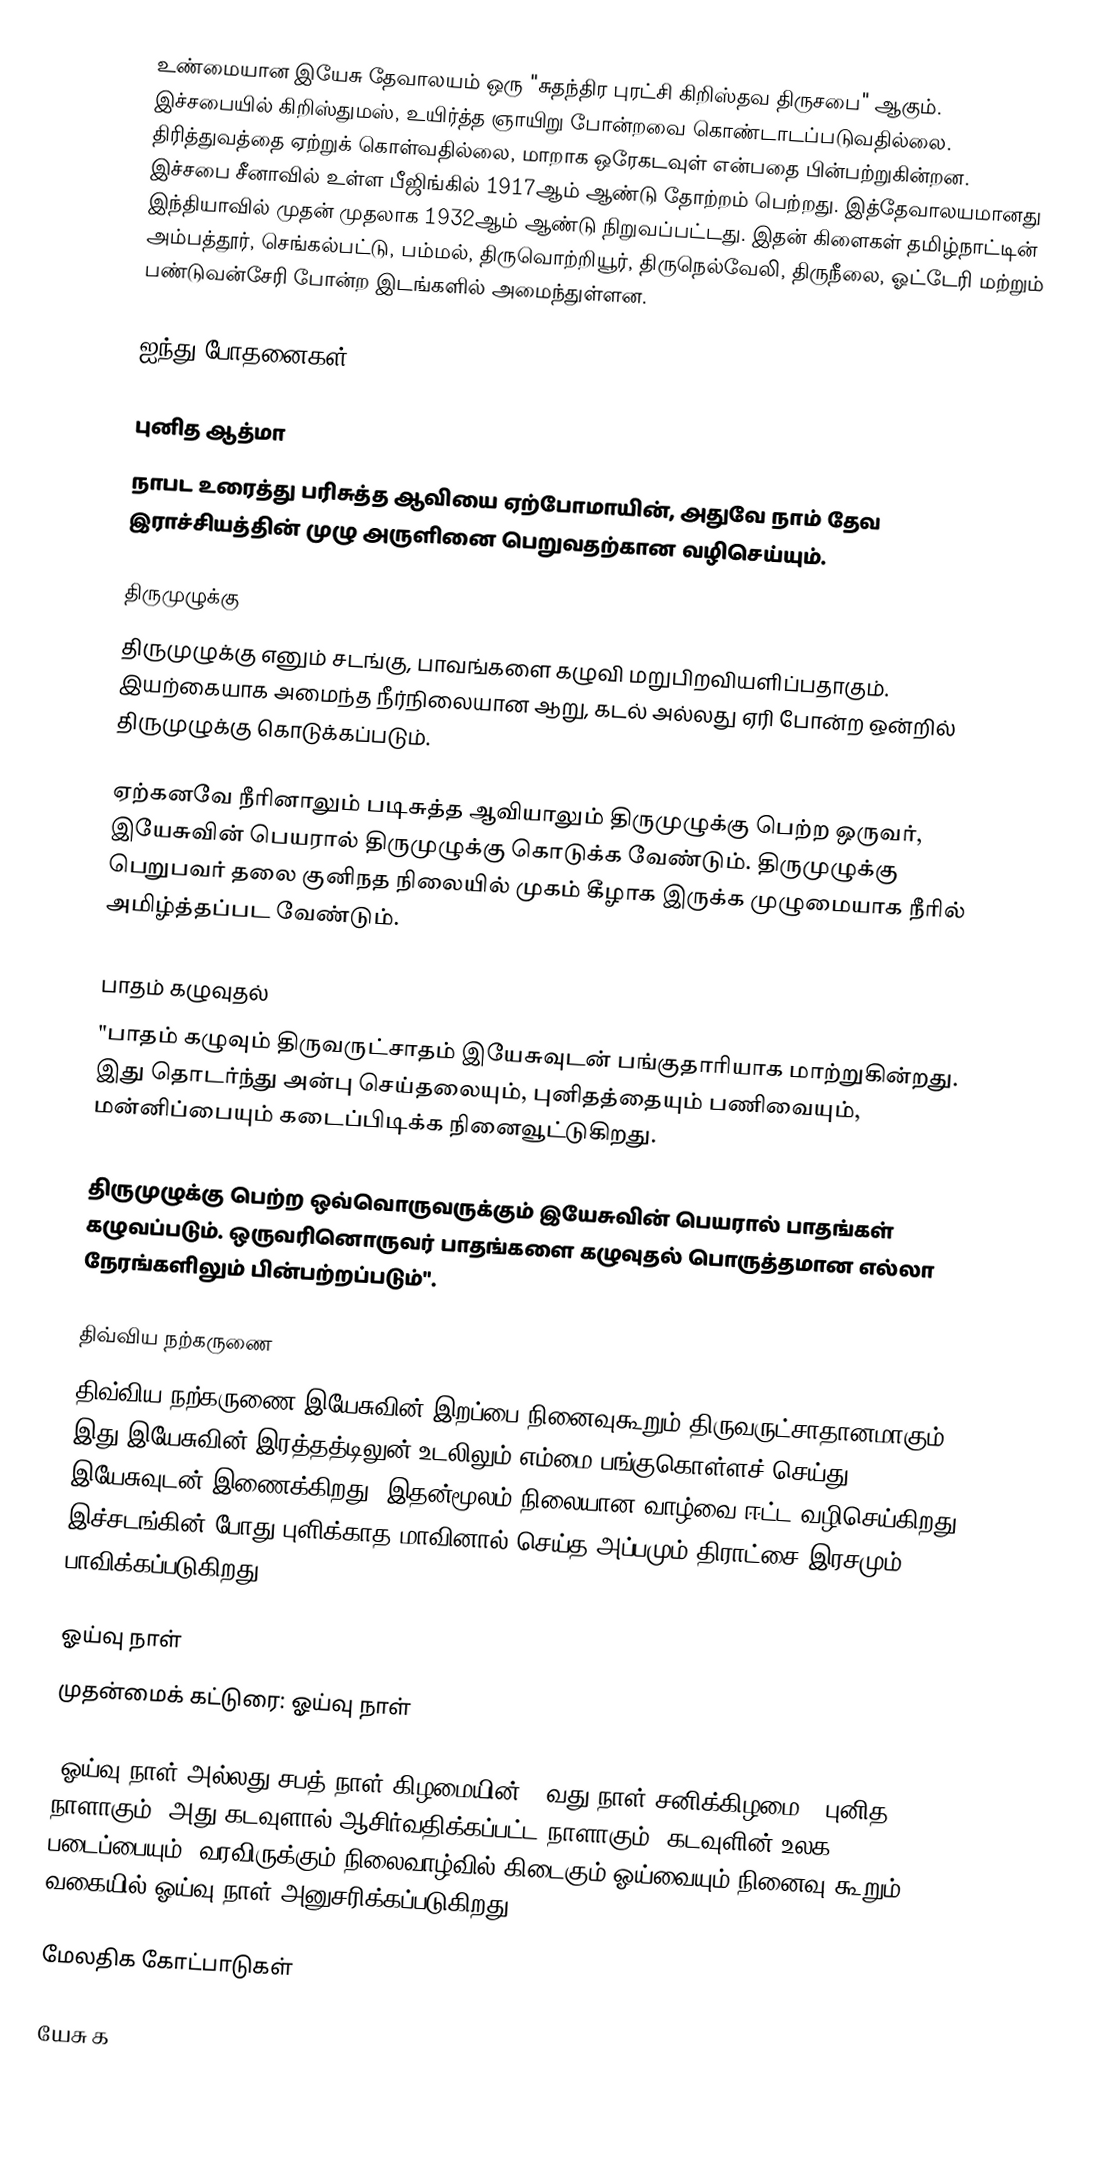
உண்மையான இயேசு தேவாலயம் ஒரு "சுதந்திர புரட்சி கிறிஸ்தவ திருசபை" ஆகும். இச்சபையில் கிறிஸ்துமஸ், உயிர்த்த ஞாயிறு போன்றவை கொண்டாடப்படுவதில்லை. திரித்துவத்தை ஏற்றுக் கொள்வதில்லை, மாறாக ஒரேகடவுள் என்பதை பின்பற்றுகின்றன. இச்சபை சீனாவில் உள்ள பீஜிங்கில் 1917ஆம் ஆண்டு தோற்றம் பெற்றது. இத்தேவாலயமானது இந்தியாவில் முதன் முதலாக 1932ஆம் ஆண்டு நிறுவப்பட்டது. இதன் கிளைகள் தமிழ்நாட்டின் அம்பத்தூர், செங்கல்பட்டு, பம்மல், திருவொற்றியூர், திருநெல்வேலி, திருநீலை, ஓட்டேரி மற்றும் பண்டுவன்சேரி போன்ற இடங்களில் அமைந்துள்ளன.

ஐந்து போதனைகள்

புனித ஆத்மா
நாபட உரைத்து பரிசுத்த ஆவியை ஏற்போமாயின், அதுவே நாம் தேவ இராச்சியத்தின் முழு அருளினை பெறுவதற்கான வழிசெய்யும்.

திருமுழுக்கு
திருமுழுக்கு எனும் சடங்கு, பாவங்களை கழுவி மறுபிறவியளிப்பதாகும். இயற்கையாக அமைந்த நீர்நிலையான ஆறு, கடல் அல்லது ஏரி போன்ற ஒன்றில் திருமுழுக்கு கொடுக்கப்படும்.

ஏற்கனவே நீரினாலும் படிசுத்த ஆவியாலும் திருமுழுக்கு பெற்ற ஒருவர், இயேசுவின் பெயரால் திருமுழுக்கு கொடுக்க வேண்டும். திருமுழுக்கு பெறுபவர் தலை குனிநத நிலையில் முகம் கீழாக இருக்க முழுமையாக நீரில் அமிழ்த்தப்பட வேண்டும்.

பாதம் கழுவுதல்
"பாதம் கழுவும் திருவருட்சாதம் இயேசுவுடன் பங்குதாரியாக மாற்றுகின்றது. இது தொடர்ந்து அன்பு செய்தலையும், புனிதத்தையும் பணிவையும், மன்னிப்பையும் கடைப்பிடிக்க நினைவூட்டுகிறது.

திருமுழுக்கு பெற்ற ஒவ்வொருவருக்கும் இயேசுவின் பெயரால் பாதங்கள் கழுவப்படும். ஒருவரினொருவர் பாதங்களை கழுவுதல் பொருத்தமான எல்லா நேரங்களிலும் பின்பற்றப்படும்".

திவ்விய நற்கருணை
திவ்விய நற்கருணை இயேசுவின் இறப்பை நினைவுகூறும் திருவருட்சாதானமாகும். இது இயேசுவின் இரத்தத்டிலுன் உடலிலும் எம்மை பங்குகொள்ளச் செய்து இயேசுவுடன் இணைக்கிறது. இதன்மூலம் நிலையான வாழ்வை ஈட்ட வழிசெய்கிறது. இச்சடங்கின் போது புளிக்காத மாவினால் செய்த அப்பமும் திராட்சை இரசமும் பாவிக்கப்படுகிறது.

ஓய்வு நாள்
முதன்மைக் கட்டுரை: ஓய்வு நாள்

"ஓய்வு நாள் அல்லது சபத் நாள்,கிழமையின் 7 வது நாள்(சனிக்கிழமை), புனித நாளாகும். அது கடவுளால் ஆசிர்வதிக்கப்பட்ட நாளாகும். கடவுளின் உலக படைப்பையும், வரவிருக்கும் நிலைவாழ்வில் கிடைகும் ஓய்வையும் நினைவு கூறும் வகையில் ஓய்வு நாள் அனுசரிக்கப்படுகிறது".

மேலதிக கோட்பாடுகள்

யேசு க